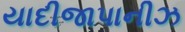
યાદીજાપાનીઝ